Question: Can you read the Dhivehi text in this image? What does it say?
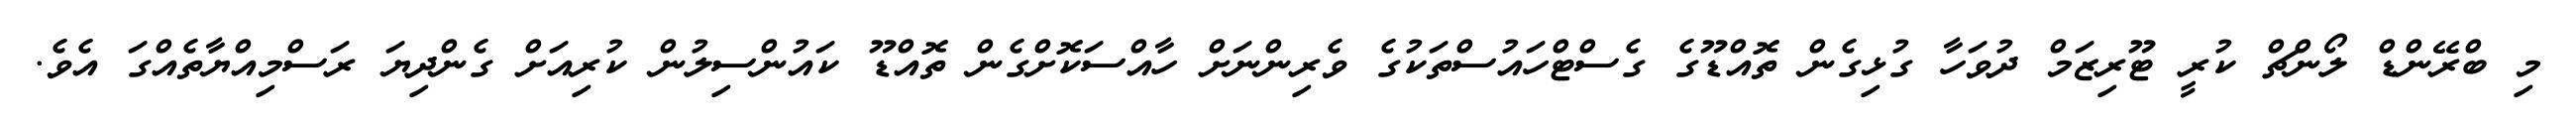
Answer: މި ބްރޭންޑް ލޯންޗް ކުރީ ޓޫރިޒަމް ދުވަހާ ގުޅިގެން ތޮއްޑޫގެ ގެސްޓްހައުސްތަކުގެ ވެރިންނަށް ހާއްސަކޮށްގެން ތޮއްޑޫ ކައުންސިލުން ކުރިއަށް ގެންދިޔަ ރަސްމިއްޔާތެއްގަ އެވެ.